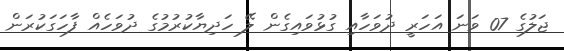
ޖަލުގެ 07 ވަނަ އަހަރީ ދުވަހާއި ގުޅުވައިގެން ލޭ ހަދިޔާކުރުމުގެ ދުވަހެއް ފާހަގަކުރަން